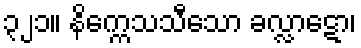
၃၂၁။ နိက္ကေသသီသော ခလ္လာဋော၊